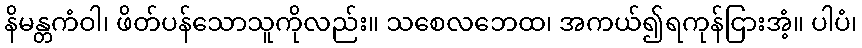
နိမန္တကံဝါ၊ ဖိတ်ပန်သောသူကိုလည်း။ သစေလဘေထ၊ အကယ်၍ရကုန်ငြားအံ့။ ပါပံ၊